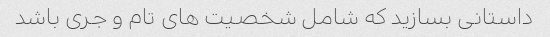
داستانی بسازید که شامل شخصیت های تام و جری باشد